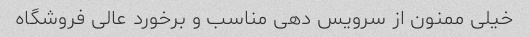
خیلی ممنون از سرویس دهی مناسب و برخورد عالی فروشگاه